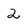
Character: 2